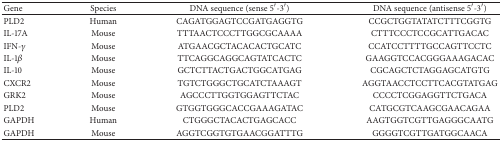
| Gene | Species | DNA sequence (sense 5′-3′) | DNA sequence (antisense 5′-3′) |
 | --- | --- | --- | --- |
 | PLD2 | Human | CAGATGGAGTCCGATGAGGTG | CCGCTGGTATATCTTTCGGTG |
 | IL-17A | Mouse | TTTAACTCCCTTGGCGCAAAA | CTTTCCCTCCGCATTGACAC |
 | IFN-γ | Mouse | ATGAACGCTACACACTGCATC | CCATCCTTTTGCCAGTTCCTC |
 | IL-1β | Mouse | TTCAGGCAGGCAGTATCACTC | GAAGGTCCACGGGAAAGACAC |
 | IL-10 | Mouse | GCTCTTACTGACTGGCATGAG | CGCAGCTCTAGGAGCATGTG |
 | CXCR2 | Mouse | TGTCTGGGCTGCATCTAAAGT | AGGTAACCTCCTTCACGTATGAG |
 | GRK2 | Mouse | AGCCCTTGGTGGAGTTCTAC | CCCCTCGGAGGTTCTGACA |
 | PLD2 | Mouse | GTGGTGGGCACCGAAAGATAC | CATGCGTCAAGCGAACAGAA |
 | GAPDH | Human | CTGGGCTACACTGAGCACC | AAGTGGTCGTTGAGGGCAATG |
 | GAPDH | Mouse | AGGTCGGTGTGAACGGATTTG | GGGGTCGTTGATGGCAACA |